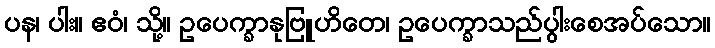
ပန၊ ပါး။ ဧဝံ၊ သို့။ ဥပေက္ခာနုဗြူဟိတေ၊ ဥပေက္ခာသည်ပွါးစေအပ်သော။